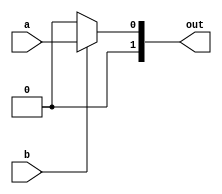
module nmultiplier #(parameter k=1)(
  input [k-1:0] a,
  input [k-1:0] b,
  output [2*k-1:0] out
);
  parameter s=k/2;
  reg [2*k-1:0] result;
  if(k==1)begin
    integer i;
    always @(*) begin
      result=0;
      for (i = 0; i < 1; i = i + 1) begin
        if (b[i] == 1) begin
          result = result ^ (a << i);
          end
        end
    end
  end
  // else if(k==10)begin
  //   integer i;
  //   always @(*) begin
  //     result=0;
  //     for (i = 0; i < 11; i = i + 1) begin
  //       if (b[i] == 1) begin
  //         result = result ^ (a << i);
  //         end
  //       end
  //   end
  // end
  else begin

  wire [2*(k/2)-1:0] albl;
  nmultiplier #(k/2) km1(.a(a[k/2-1:0]), .b(b[k/2-1:0]), .out(albl));

  wire [2*(k-k/2)-1:0] ahbh;
  nmultiplier #(k-k/2) km2(.a(a[k-1:k/2]), .b(b[k-1:k/2]), .out(ahbh));

  wire [2*(k-k/2)-1:0] s_mid;
  nmultiplier #(k-k/2) km3(.a(a[k-1:k/2]^a[k/2-1:0]), .b(b[k-1:k/2]^b[k/2-1:0]), .out(s_mid));
   always @(*) begin
      result=0;
      result=result^albl;
      result=result^(ahbh<<2*s);
      result=result^((s_mid^albl^ahbh)<<s);
    end
  end
  assign out=result;
endmodule